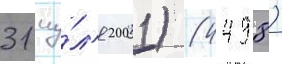
31 иу́л'я 2001) (4498)